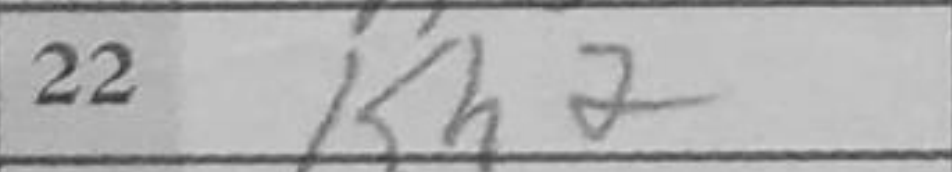
Transcription: Kh2